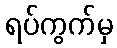
ရပ်ကွက်မှ